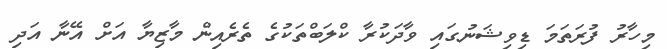
މިހާރު ފުރަތަމަ ޑިވިޝަނުގައި ވާދަކުރާ ކްލަބްތަކުގެ ތެރެއިން މާޒިޔާ އަށް އޭނާ އަދި